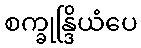
စက္ခုန္ဒြိယံပေ